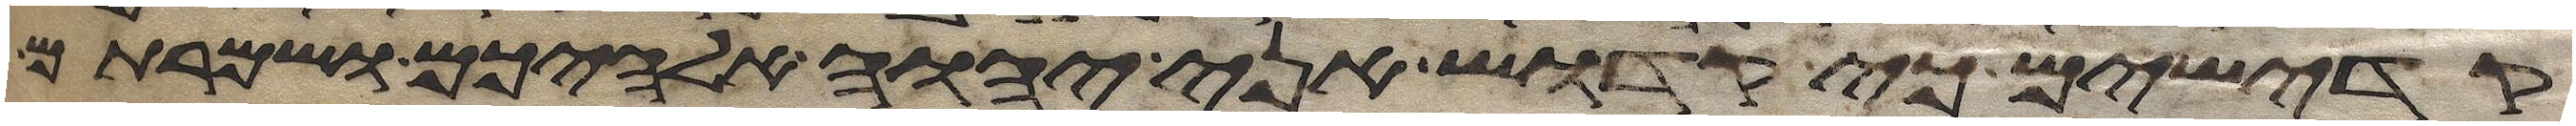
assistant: קדישים כי קדוש אני יהוה אלהיכם ושמרתם